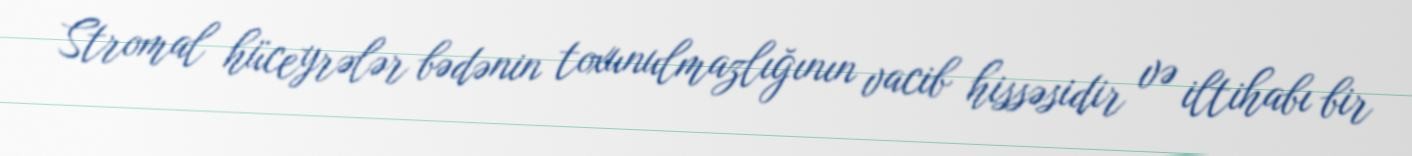
Stromal hüceyrələr bədənin toxunulmazlığının vacib hissəsidir və iltihabı bir